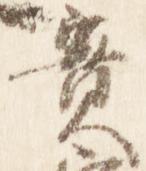
実